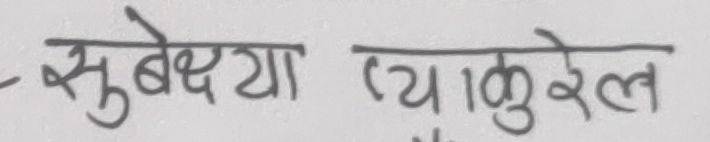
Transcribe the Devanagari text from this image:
सुबेक्ष्या प्यक रेल